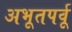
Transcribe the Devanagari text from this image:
अभूतपर्वू